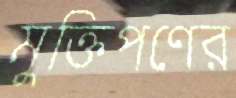
মুক্তিপণের